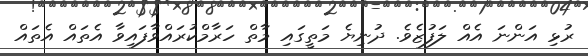
ރުޅި އަންނަ އެއް ލަފުޒެވެ. ދުނިޔެ މަތީގައި މާތް ހަރާމްކުރައްވާފައިވާ އެތައް އެތައް